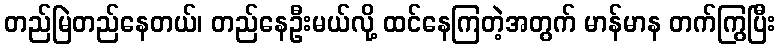
တည်မြဲတည်နေတယ်၊ တည်နေဦးမယ်လို့ ထင်နေကြတဲ့အတွက် မာန်မာန တက်ကြွပြီး